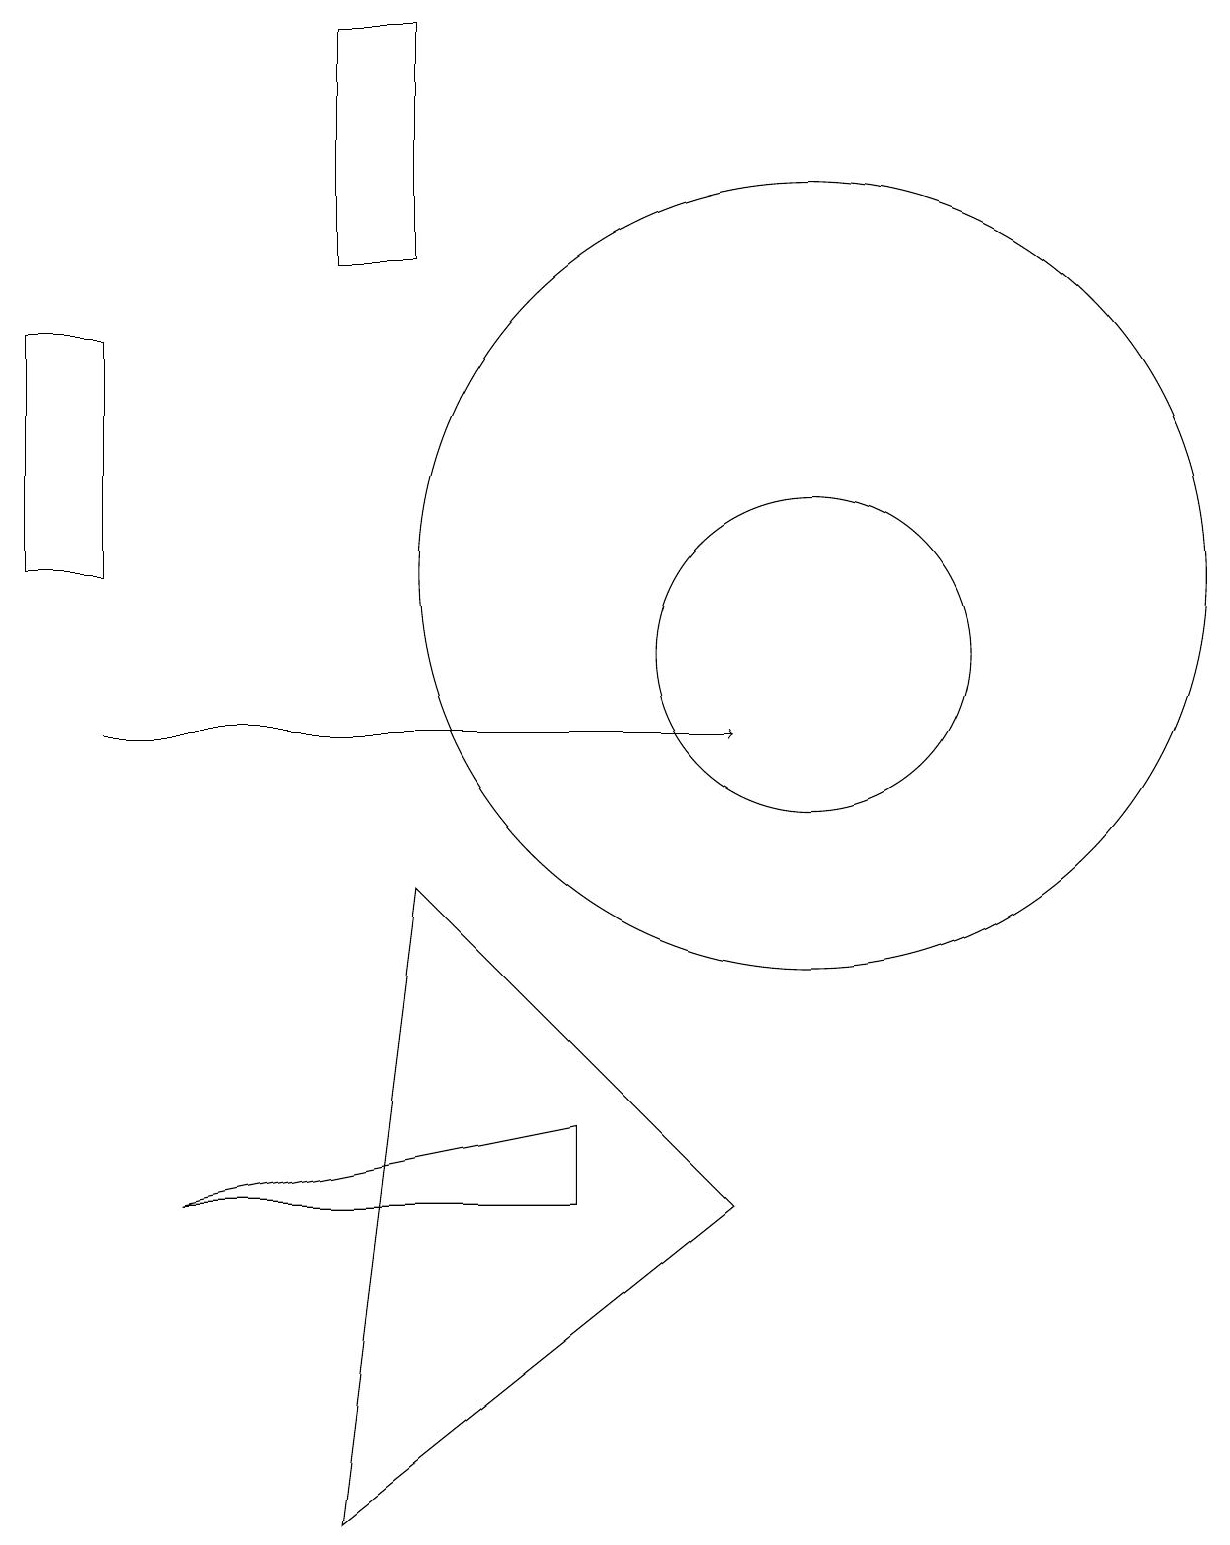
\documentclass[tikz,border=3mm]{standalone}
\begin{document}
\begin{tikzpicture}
\draw (7,5) -- (2,4) -- (7,4) -- cycle;
\draw[->] (1,10) -- (9,10);
\draw (10,12) circle (5);
\draw (4,19) rectangle (5,16);
\draw (10,11) circle (2);
\draw (0,12) rectangle (1,15);
\draw (5,8) -- (4,0) -- (9,4) -- cycle;
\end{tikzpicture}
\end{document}